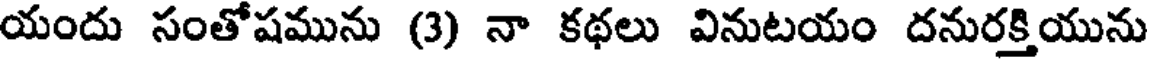
యందు సంతోషమును (3) నా కథలు వినుటయం దనురక్తియును